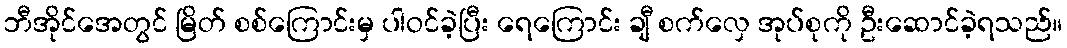
ဘီအိုင်အေတွင် မြိတ် စစ်ကြောင်းမှ ပါဝင်ခဲ့ပြီး ရေကြောင်း ချီ စက်လှေ အုပ်စုကို ဦးဆောင်ခဲ့ရသည်။